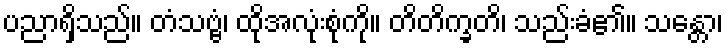
ပညာရှိသည်။ တံသဗ္ဗံ၊ ထိုအလုံးစုံကို။ တိတိက္ခတိ၊ သည်းခံ၏။ သန္တော၊